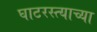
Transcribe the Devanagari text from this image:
घाटरस्त्याच्या